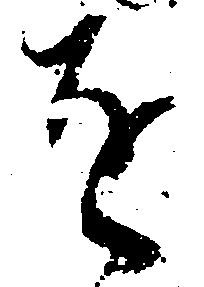
を